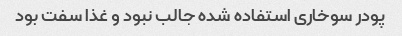
پودر سوخاری استفاده شده جالب نبود و غذا سفت بود